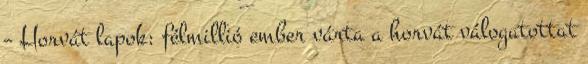
– Horvát lapok: félmillió ember várta a horvát válogatottat